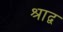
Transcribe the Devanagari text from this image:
श्राद्व